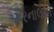
કરનાલની